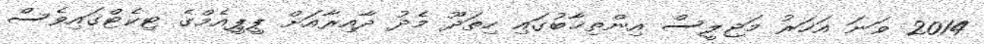
2014 ވަނަ އަހަރު މަޖިލީސް އިންތިޚާބުގައި ހިތަދޫ މެދު ދާއިރާއަށް ޕީޕީއެމްގެ ޓިކެޓްގައިވެސް